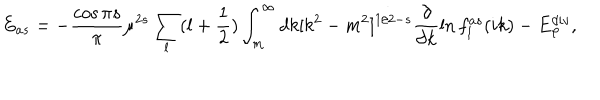
LaTeX: E _ { a s } = - { \frac { \cos { \pi s } } { \pi } } \mu ^ { 2 s } \sum _ { l } ( l + \frac 1 2 ) \int _ { m } ^ { \infty } d k [ k ^ { 2 } - m ^ { 2 } ] ^ { 1 / 2 - s } \frac { \partial } { \partial k } \ln f _ { l } ^ { a s } ( i k ) - E _ { \varphi } ^ { d i v } ,